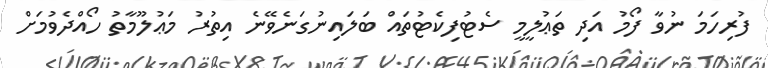
ފުރިހަމަ ނުވާ ފޯމު އަދި ތަޢުލީމީ ސެޓުފިކެޓުތައް ބަލައިނުގަނެވޭނެ އިތުރު މަޢުލޫމާތު ހޯއްދެވުމަށް